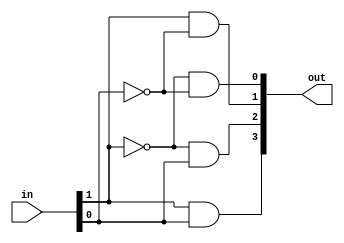
/*module decoder(input [1:0] in, output [3:0] out);
always@(*)begin
    case(in)
    2'b11 : out <= 4'b1000;
    2'b10 : out <= 4'b0100;
    2'b01 : out <= 4'b0010;
    2'b00 : out <= 4'b0001;
    default: out <= 0;
    endcase
end
endmodule*/
module decoder(
    input [1:0] in,
    output [3:0] out
    );
  assign out[0] = (~in[1]) & (~in[0]) ;
  assign out[1] = ( in[1]) & (~in[0]) ;
  assign out[2] = (~in[1]) & ( in[0]) ;
  assign out[3] = ( in[1]) & ( in[0]) ;

endmodule